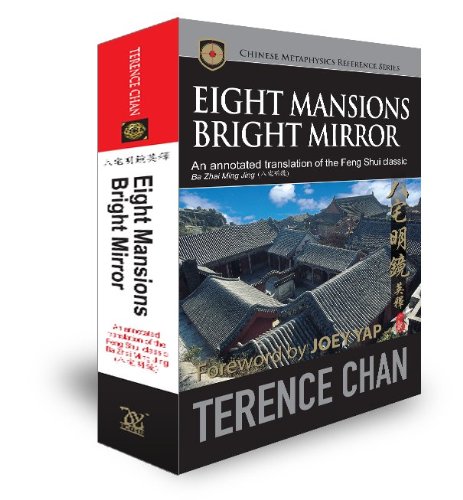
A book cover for Eight Mansions Bright Mirror; Terence Chan; Religion & Spirituality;